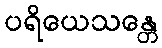
ပရိယေသန္တေ